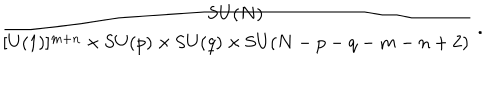
{ \frac { \mathrm { S U } ( N ) } { [ \mathrm { U } ( 1 ) ] ^ { m + n } \times \mathrm { S U } ( p ) \times \mathrm { S U } ( q ) \times \mathrm { S U } ( N - p - q - m - n + 2 ) } } \; .